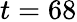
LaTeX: t=68